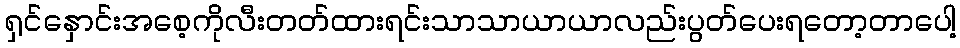
ရှင်နှောင်းအစေ့ကိုလီးတတ်ထားရင်းသာသာယာယာလည်းပွတ်ပေးရတော့တာပေါ့